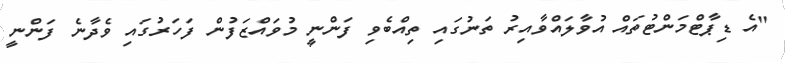
"އެ ޑިޕާޓްމަންޓުތައް އުވާލައްވާއިރު ތަނުގައި ތިއްބެވި ފަންނީ މުވައްޒަފުން ފަހަރުގައި ވެދާނެ ފަންނީ